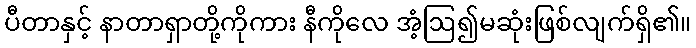
ပီတာနှင့် နာတာရှာတို့ကိုကား နီကိုလေ အံ့ဩ၍မဆုံးဖြစ်လျက်ရှိ၏။